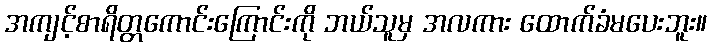
အကျင့်စာရိတ္တကောင်းကြောင်းကို ဘယ်သူမှ အလကား ထောက်ခံမပေးဘူး။